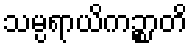
သမ္ပရာယိကဉ္စာတိ